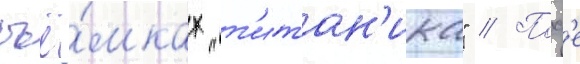
съё́мках "т'итан'ика" // Посл'е